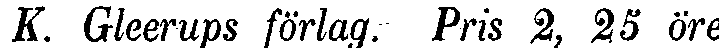
K. Gleerups förlag. Pris 2, 25 öre